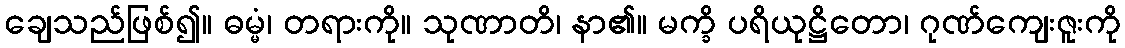
ချေသည်ဖြစ်၍။ ဓမ္မံ၊ တရားကို။ သုဏာတိ၊ နာ၏။ မက္ခိ ပရိယုဋ္ဌိတော၊ ဂုဏ်ကျေးဇူးကို